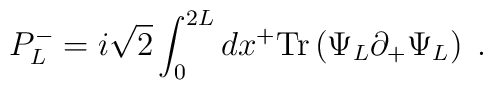
P^-_L = {i \sqrt{2}}\int _0 ^{2L} dx^+ {\rm Tr} \left( \Psi_L\partial_+ \Psi_L \right)\; .